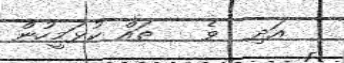
އަދި  ވެ   ތައް ކުޅަމީހުން